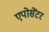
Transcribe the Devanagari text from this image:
एपोसेंटर